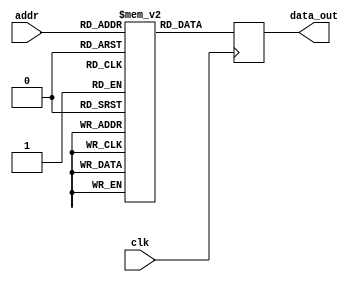
module parameterized_rom #(
    parameter DATA_WIDTH = 8,   // Number of bits in each data word
    parameter ADDR_WIDTH = 4     // Number of bits for addressing
)(
    input wire [ADDR_WIDTH-1:0] addr,   // Address input
    input wire clk,                      // Clock input for synchronous behavior
    output reg [DATA_WIDTH-1:0] data_out // Data output
);

    // Memory initialization (example values)
    reg [DATA_WIDTH-1:0] rom [(2**ADDR_WIDTH)-1:0];

    initial begin
        // Initialize the ROM with predefined values
        // This can be replaced with a memory initialization file if needed
        rom[0] = 8'h00;
        rom[1] = 8'h01;
        rom[2] = 8'h02;
        rom[3] = 8'h03;
        rom[4] = 8'h04;
        rom[5] = 8'h05;
        rom[6] = 8'h06;
        rom[7] = 8'h07;
        rom[8] = 8'h08;
        rom[9] = 8'h09;
        rom[10] = 8'h0A;
        rom[11] = 8'h0B;
        rom[12] = 8'h0C;
        rom[13] = 8'h0D;
        rom[14] = 8'h0E;
        rom[15] = 8'h0F; // Example for ADDR_WIDTH = 4
        // Add more initialization as needed for larger ROM sizes
    end

    // Synchronous read operation
    always @(posedge clk) begin
        data_out <= rom[addr]; // Read data from ROM at the specified address
    end

endmodule